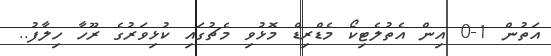
އަތުން 1-0 އިން އެތުލެޓިކޯ މެޑްރިޑް މޮޅުވި މެޗުގައި ކުޅިވަރުގެ ރޫހާ ހިލާފު..